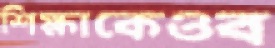
শিক্ষাকেওব